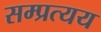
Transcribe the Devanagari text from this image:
सम्प्रत्यय